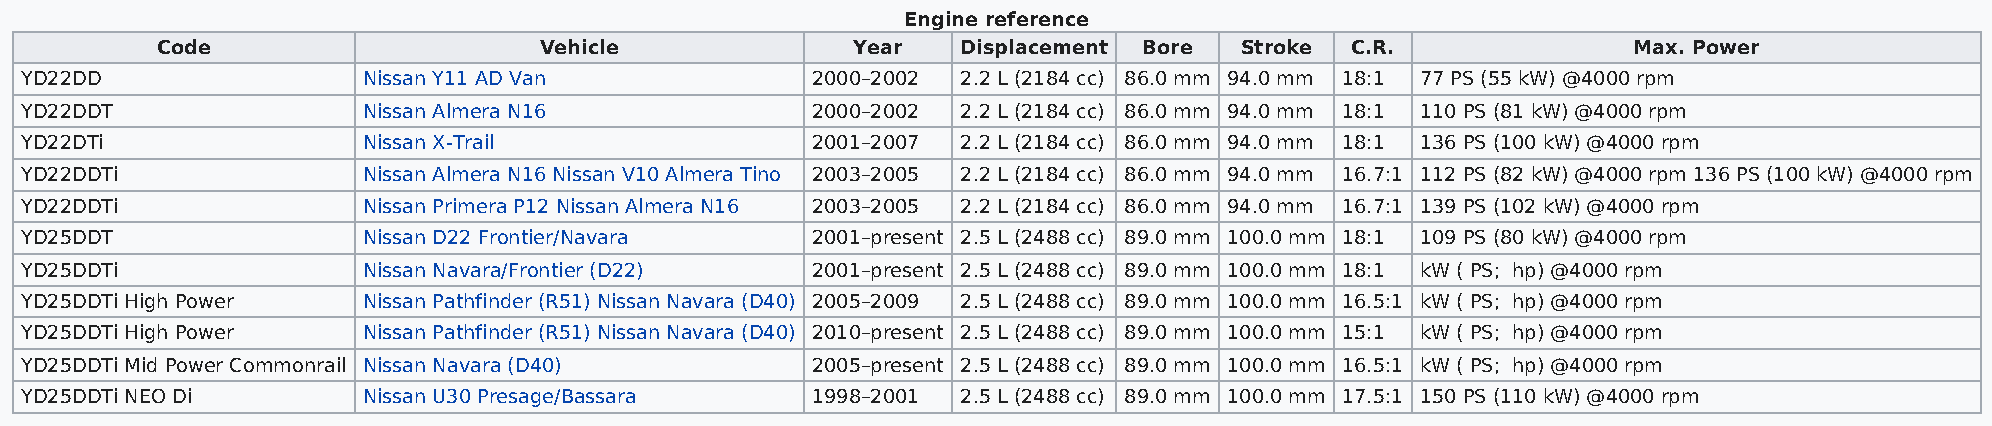
Engine reference
 Code                      Vehicle             Year    Displacement Bore Stroke C.R.               Max. Power
 YD22DD                 Nissan Y11 AD Van             2000–2002 2.2 L (2184 cc) 86.0 mm 94.0 mm 18:1 77 PS (55 kW) @4000 rpm
 YD22DDT                Nissan Almera N16             2000–2002 2.2 L (2184 cc) 86.0 mm 94.0 mm 18:1 110 PS (81 kW) @4000 rpm
 YD22DTi                Nissan X-Trail                2001–2007 2.2 L (2184 cc) 86.0 mm 94.0 mm 18:1 136 PS (100 kW) @4000 rpm
 YD22DDTi               Nissan Almera N16 Nissan V10 Almera Tino 2003–2005 2.2 L (2184 cc) 86.0 mm 94.0 mm 16.7:1 112 PS (82 kW) @4000 rpm 136 PS (100 kW) @4000 rpm
 YD22DDTi               Nissan Primera P12 Nissan Almera N16 2003–2005 2.2 L (2184 cc) 86.0 mm 94.0 mm 16.7:1 139 PS (102 kW) @4000 rpm
 YD25DDT                Nissan D22 Frontier/Navara    2001–present 2.5 L (2488 cc) 89.0 mm 100.0 mm 18:1 109 PS (80 kW) @4000 rpm
 YD25DDTi               Nissan Navara/Frontier (D22)  2001–present 2.5 L (2488 cc) 89.0 mm 100.0 mm 18:1 kW ( PS; hp) @4000 rpm
 YD25DDTi High Power    Nissan Pathfinder (R51) Nissan Navara (D40) 2005–2009 2.5 L (2488 cc) 89.0 mm 100.0 mm 16.5:1 kW ( PS; hp) @4000 rpm
 YD25DDTi High Power    Nissan Pathfinder (R51) Nissan Navara (D40) 2010–present 2.5 L (2488 cc) 89.0 mm 100.0 mm 15:1 kW ( PS; hp) @4000 rpm
 YD25DDTi Mid Power Commonrail Nissan Navara (D40)    2005–present 2.5 L (2488 cc) 89.0 mm 100.0 mm 16.5:1 kW ( PS; hp) @4000 rpm
 YD25DDTi NEO Di        Nissan U30 Presage/Bassara    1998–2001 2.5 L (2488 cc) 89.0 mm 100.0 mm 17.5:1 150 PS (110 kW) @4000 rpm